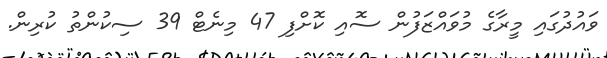
ވައުދުގައި މީރާގެ މުވައްޒަފުން ސޮއި ކޮށްފި 47 މިނެޓް 39 ސިކުންތު ކުރިން.